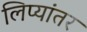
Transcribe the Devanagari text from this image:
लिप्यांतर